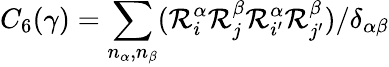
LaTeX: C_{6}(\gamma)=\sum_{n_{\alpha},n_{\beta}}(\mathcal{R}_{i}^{\alpha}\mathcal{R}_{j}^{\beta}\mathcal{R}_{i^{\prime}}^{\alpha}\mathcal{R}_{j^{\prime}}^{\beta})/\delta_{\alpha\beta}